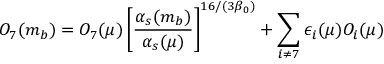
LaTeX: { \cal O } _ { 7 } ( m _ { b } ) = { \cal O } _ { 7 } ( \mu ) \left[ \frac { \alpha _ { s } ( m _ { b } ) } { \alpha _ { s } ( \mu ) } \right] ^ { 1 6 / ( 3 \beta _ { 0 } ) } + \sum _ { i \neq 7 } \epsilon _ { i } ( \mu ) { \cal O } _ { i } ( \mu )